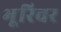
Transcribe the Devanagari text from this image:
भूरिवर